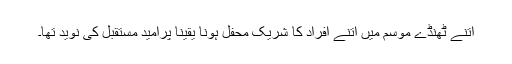
اتنے ٹھنڈے موسم میں اتنے افراد کا شریک محفل ہونا یقیناً پرامید مستقبل کی نوید تھا۔